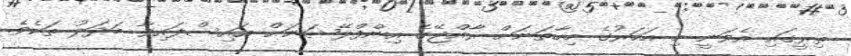
ތިރީގައި އެވަނީ މި އަހަރުގެ މިހާތަނަށް ރާއްޖޭގެ އިންފްލޭޝަނަށް އައިސްފައިވާ ބަދަލު ތަކެވެ.